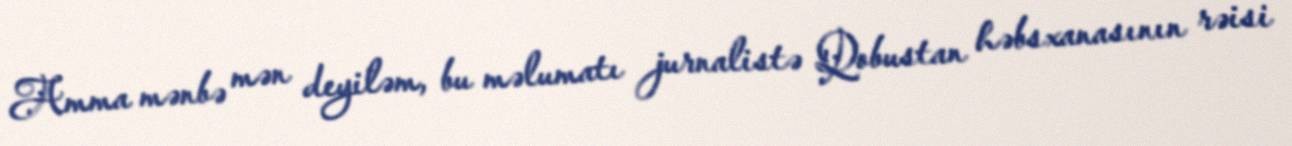
Amma mənbə mən deyiləm, bu məlumatı jurnalistə Qobustan həbsxanasının rəisi